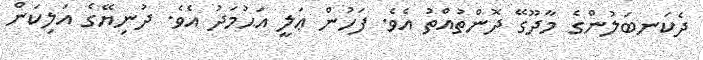
ދެކަނބަލުންގެ މާދޫގޭ ދޮންތުއްތު އެވެ. ފަހުން ޢަލީ އަޙުމަދު އެވެ. ދުނިޔޭގެ އަލިކަން